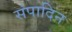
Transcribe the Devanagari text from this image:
संपादिन